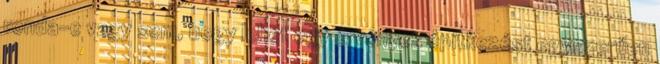
ronda-e vagy sem, hogy lehet egy érvényes építkezést egyszerűen